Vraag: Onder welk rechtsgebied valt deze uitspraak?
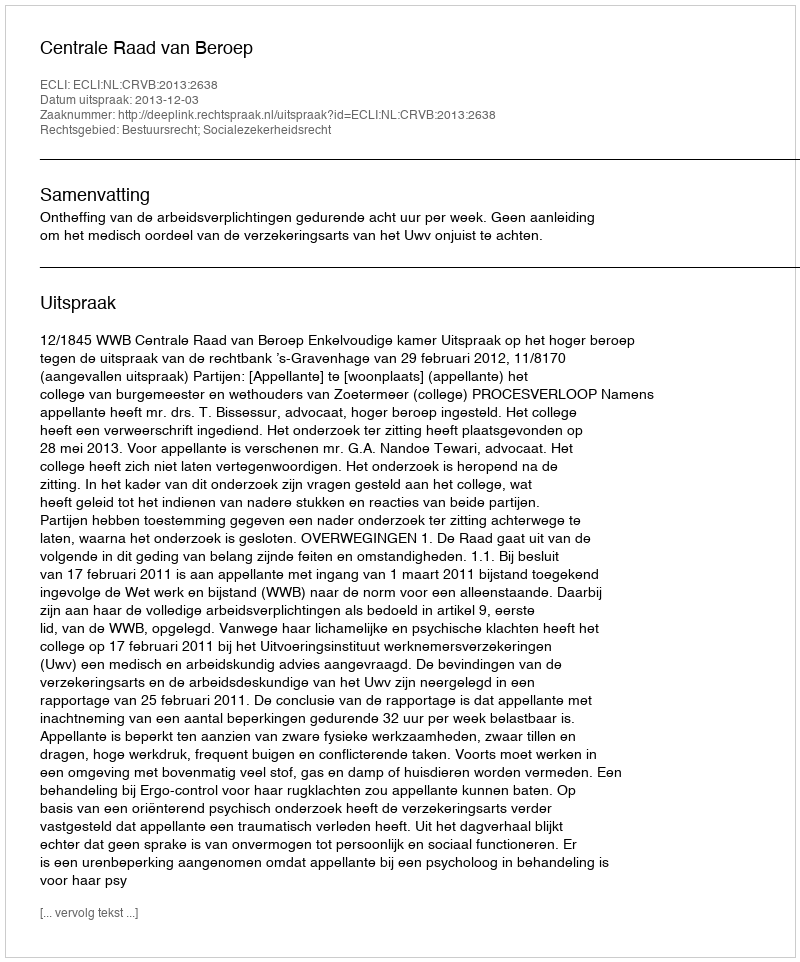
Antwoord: Bestuursrecht; Socialezekerheidsrecht